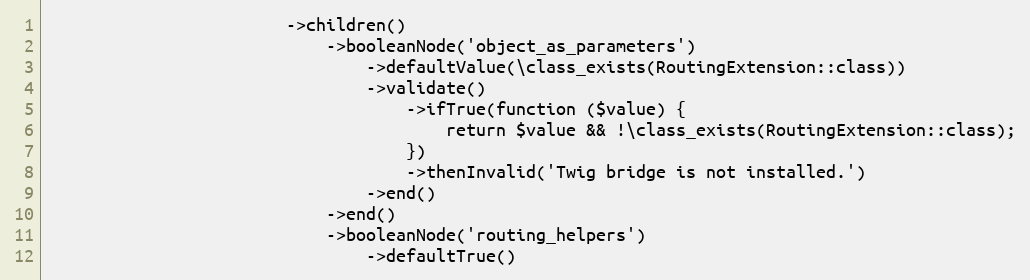
Language: PHP
                        ->children()
                            ->booleanNode('object_as_parameters')
                                ->defaultValue(\class_exists(RoutingExtension::class))
                                ->validate()
                                    ->ifTrue(function ($value) {
                                        return $value && !\class_exists(RoutingExtension::class);
                                    })
                                    ->thenInvalid('Twig bridge is not installed.')
                                ->end()
                            ->end()
                            ->booleanNode('routing_helpers')
                                ->defaultTrue()